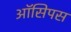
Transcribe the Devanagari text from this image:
ऑसिपस